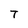
Character: T